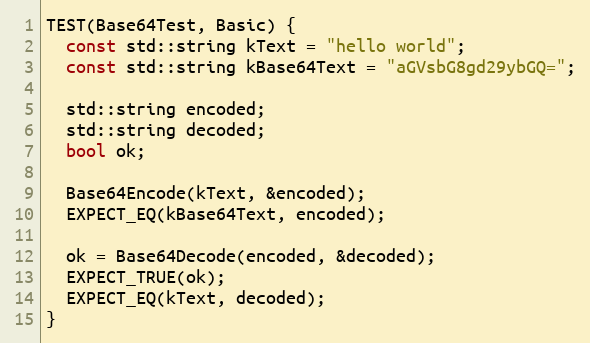
Language: C++
TEST(Base64Test, Basic) {
  const std::string kText = "hello world";
  const std::string kBase64Text = "aGVsbG8gd29ybGQ=";

  std::string encoded;
  std::string decoded;
  bool ok;

  Base64Encode(kText, &encoded);
  EXPECT_EQ(kBase64Text, encoded);

  ok = Base64Decode(encoded, &decoded);
  EXPECT_TRUE(ok);
  EXPECT_EQ(kText, decoded);
}